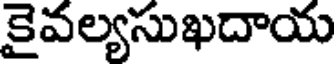
కైవల్యసుఖదాయ